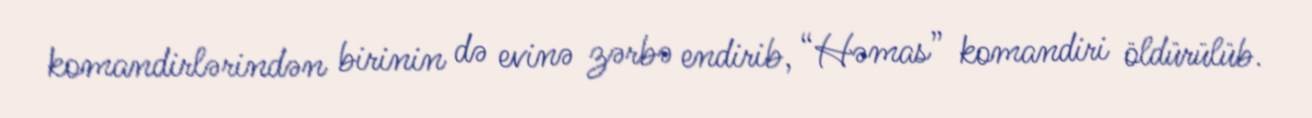
komandirlərindən birinin də evinə zərbə endirib, “Həmas” komandiri öldürülüb.